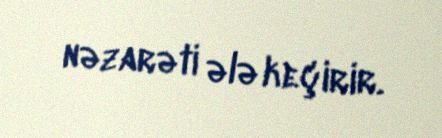
nəzarəti ələ keçirir.